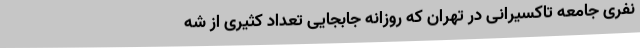
نفری جامعه تاکسیرانی در تهران که روزانه جابجایی تعداد کثیری از شه